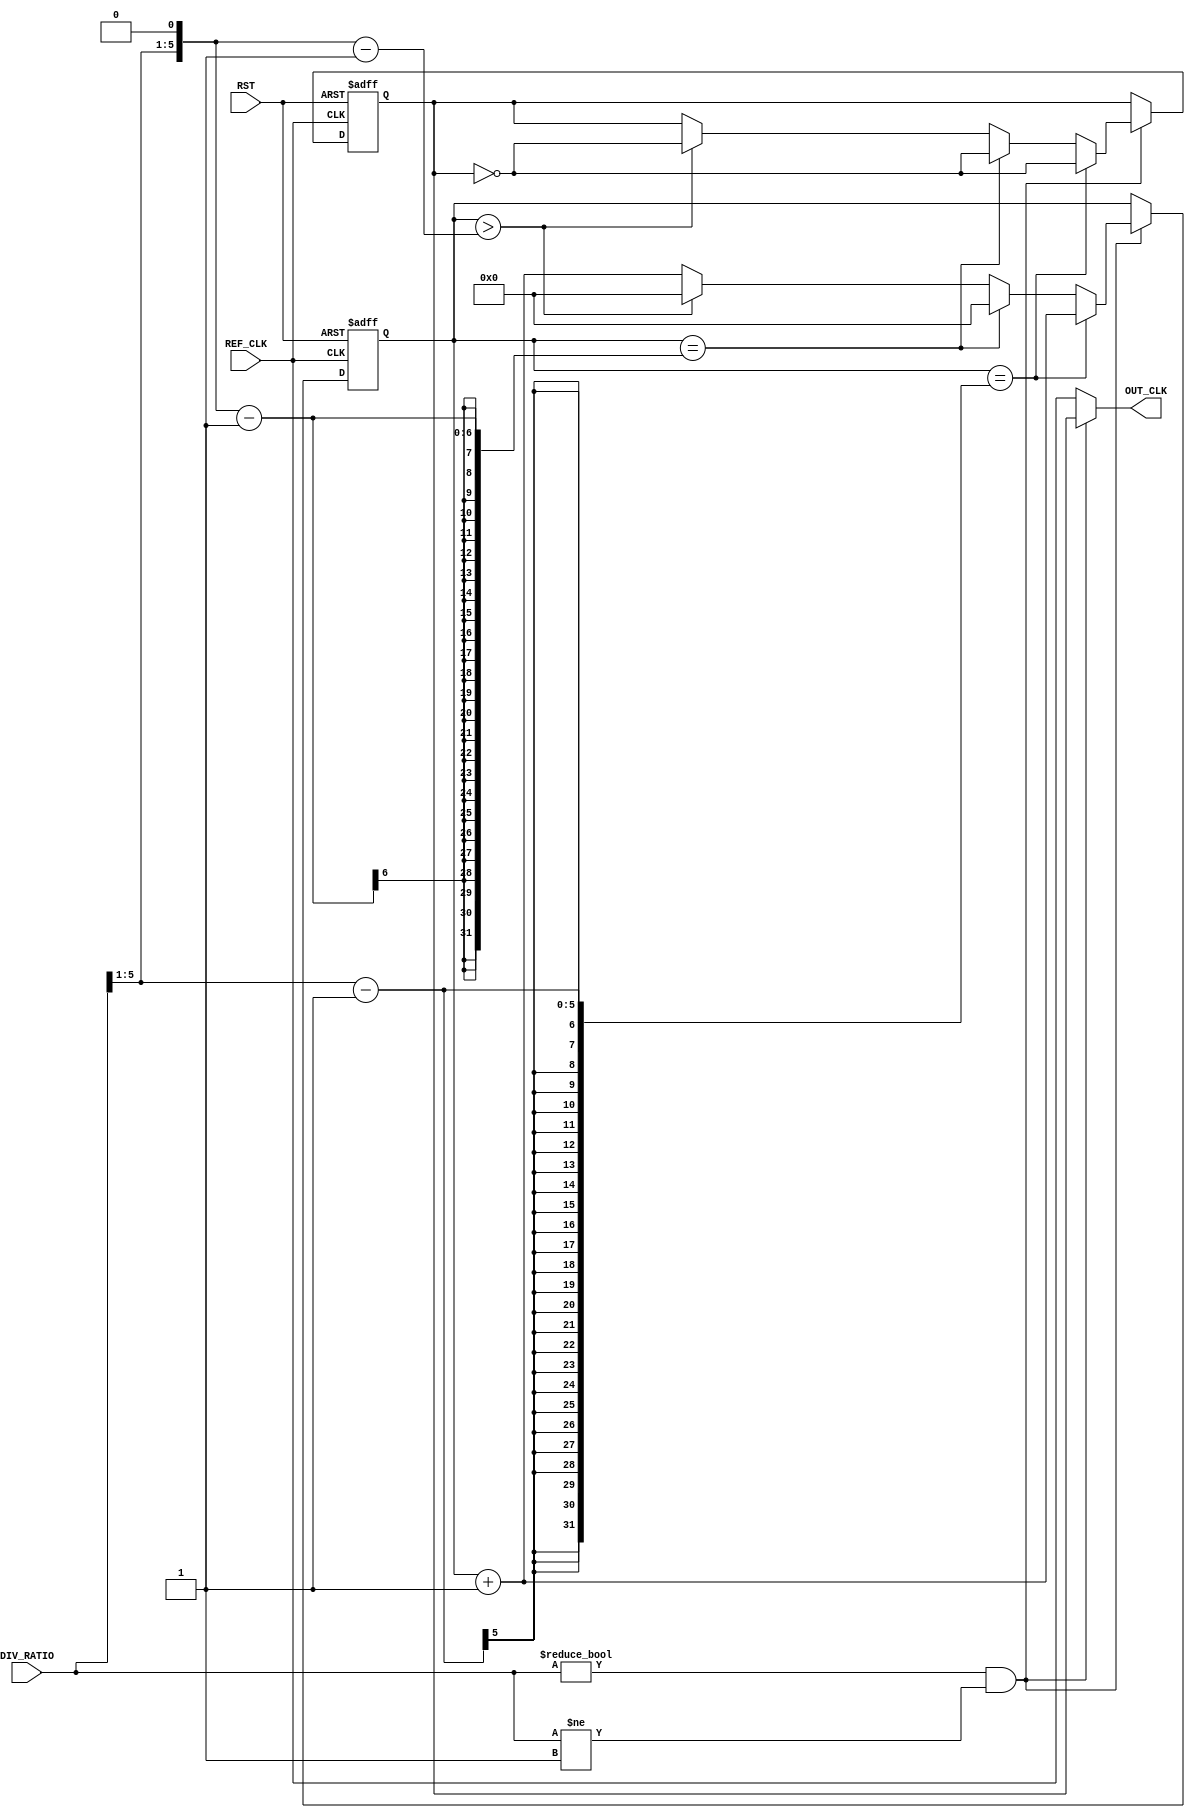
module CLKDIV #(parameter width=6) (
  input REF_CLK,RST,
  input [width-1:0] DIV_RATIO,
  output reg  OUT_CLK);
  
  wire CLK_DIV_EN;
  wire [width-2:0] divide;
  reg [width-2:0] counter='b0;
  reg div_clk=1'b1;
  wire half_done;
  wire done;
  wire [width-1:0] EVEN_RATIO; //We can only accept even dividers
  //If division ration is odd we remove the most significant bit and change the value to even
  
  assign CLK_DIV_EN = (DIV_RATIO !=1'b0) && (DIV_RATIO !=1'b1); //0 and 1 dividers are not accepter
  assign divide = DIV_RATIO[width-1:1]; //Half division ratio
  assign EVEN_RATIO = {DIV_RATIO[width-1:1],1'b0}; //Changing div_ratio to even
  assign half_done = (counter == (divide-1)); 
  assign done = (counter == (EVEN_RATIO -1));
    
    always @(*)
    begin
      if(CLK_DIV_EN)
        OUT_CLK = div_clk;
      else
        OUT_CLK = REF_CLK;
    end
      
    always @(posedge REF_CLK or negedge RST)
    begin
      if(!RST)
        begin
          counter <='b0;
          div_clk <=1'b1;
        end 
      else if(CLK_DIV_EN)
        begin
          
          if(half_done)
          begin
            counter <=counter+1;
            div_clk <= !div_clk;
          end
          else if(done)
            begin
              div_clk <= !div_clk;
              counter <= 'b0;
            end

            else if (counter > (EVEN_RATIO -1'b1))
            begin
            counter <= 'b0;
            div_clk <= !div_clk;
            end
            else
            begin
            counter <=counter+1;
            end
        end
    end
endmodule